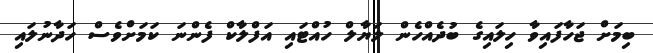
ބިމަށް ޖަހާފައިވާ ހިލައިގެ ބުދެއްހެން ލަޔާލް ހުއްޓައި އަފްލާކް ފެންނަ ކަމަށްވެސް ހަދާނުލައި